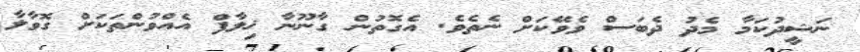
ނަޝީދުކަމާ މެދު ދެބަސް ވެވޭކަށް ނެތެވެ. އެގޮތުން ގާނޫނާ ޚިލާފް އެއްވުންތަކަށް ގޮވާލާ